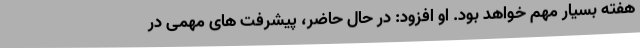
هفته بسیار مهم خواهد بود. او افزود: در حال حاضر، پیشرفت های مهمی در